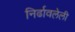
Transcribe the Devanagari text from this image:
निर्ढावलेली